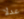
عدلا